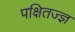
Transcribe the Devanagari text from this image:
पक्षितज्‍ज्ञ